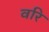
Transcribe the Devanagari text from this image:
वरि